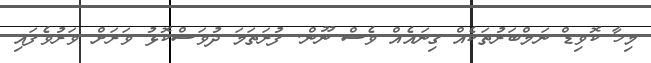
މިހާ ކޮވިޑް ނަމްބަރުތަކެއް ގިނައެއް ވެސް ނޫން. ފުރަތަމަ ދުވަސްކޮޅު ވަރަށް ވަރުވެފައި